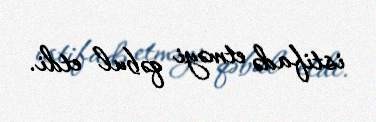
istifadə etməyi qəbul etdi.